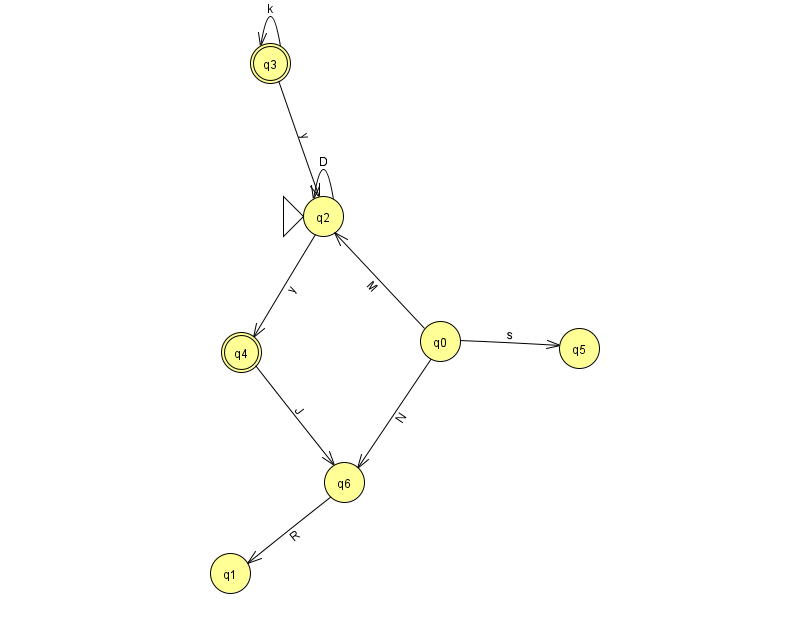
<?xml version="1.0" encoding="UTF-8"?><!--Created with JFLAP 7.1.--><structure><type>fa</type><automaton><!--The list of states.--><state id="0" name="q0"><x>440.0</x><y>328.0</y></state><state id="1" name="q1"><x>230.0</x><y>560.0</y></state><state id="2" name="q2"><x>323.0</x><y>203.0</y><initial/></state><state id="3" name="q3"><x>270.0</x><y>50.0</y><final/></state><state id="4" name="q4"><x>241.0</x><y>339.0</y><final/></state><state id="5" name="q5"><x>579.0</x><y>335.0</y></state><state id="6" name="q6"><x>344.0</x><y>469.0</y></state><!--The list of transitions.--><transition><from>4</from><to>6</to><read>J</read></transition><transition><from>2</from><to>2</to><read>D</read></transition><transition><from>2</from><to>4</to><read>y</read></transition><transition><from>0</from><to>5</to><read>s</read></transition><transition><from>6</from><to>1</to><read>R</read></transition><transition><from>0</from><to>6</to><read>N</read></transition><transition><from>3</from><to>2</to><read>y</read></transition><transition><from>3</from><to>3</to><read>k</read></transition><transition><from>0</from><to>2</to><read>M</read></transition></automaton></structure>